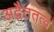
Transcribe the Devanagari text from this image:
अद्वैततत्व